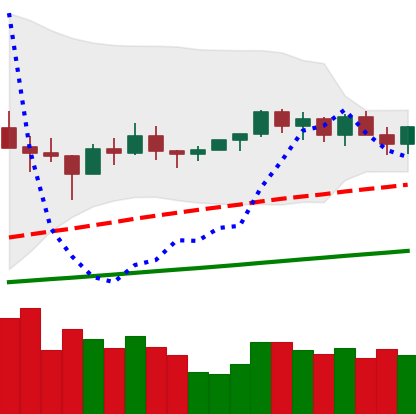
Ticker: NEO-USD
Chart end date: 2021-03-16
Forward return: 4.04%
Label: up_3_5